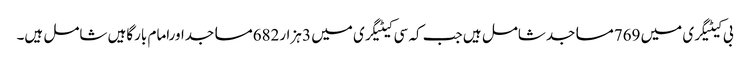
بی کیٹیگری میں 769مساجدشامل ہیں جب کہ سی کیٹیگری میں 3 ہزار682مساجداورامام بارگاہیں شامل ہیں۔